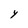
Character: Y